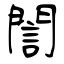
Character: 誾